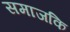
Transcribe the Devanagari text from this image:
समाजकि